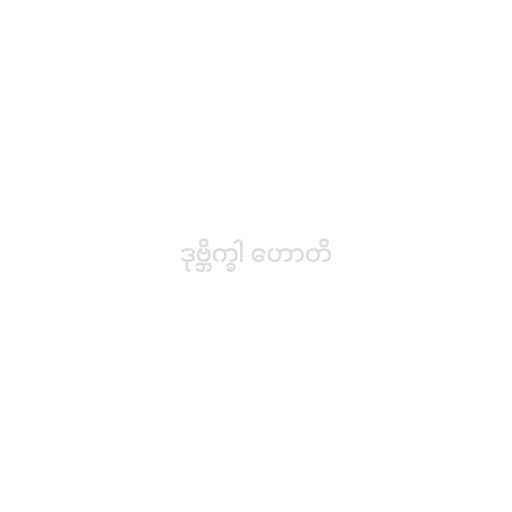
ဒုဗ္ဘိက္ခါ ဟောတိ